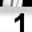
Digit: 1